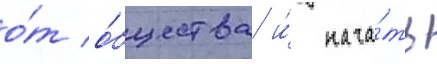
о́т о́бщества и́ нача́ть